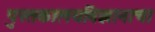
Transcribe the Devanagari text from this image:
पुस्तकालयविज्ञानाचा